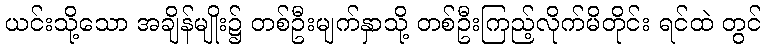
ယင်းသို့သော အချိန်မျိုး၌ တစ်ဦးမျက်နှာသို့ တစ်ဦးကြည့်လိုက်မိတိုင်း ရင်ထဲ တွင်